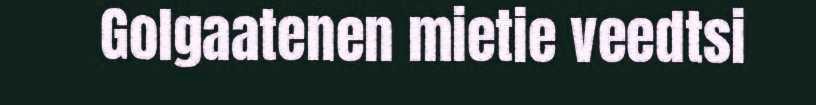
Golgaatenen mietie veedtsi